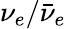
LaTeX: \nu_{e}/\bar{\nu}_{e}